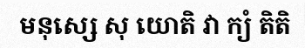
មនុស្សេ សុ យោតិ វា ក្យំ តិតិ